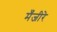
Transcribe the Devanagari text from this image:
मँजीरे